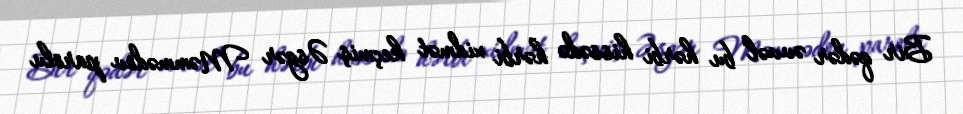
Bir qədər əvvəl bu hərbi hissədə hərbi xidmət keçmiş Əsgər Məmmədov parolu